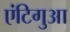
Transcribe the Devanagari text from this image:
एंटिगुआ